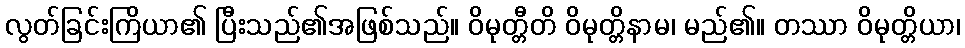
လွတ်ခြင်းကြိယာ၏ ပြီးသည်၏အဖြစ်သည်။ ဝိမုတ္တီတိ ဝိမုတ္တိနာမ၊ မည်၏။ တဿာ ဝိမုတ္တိယာ၊